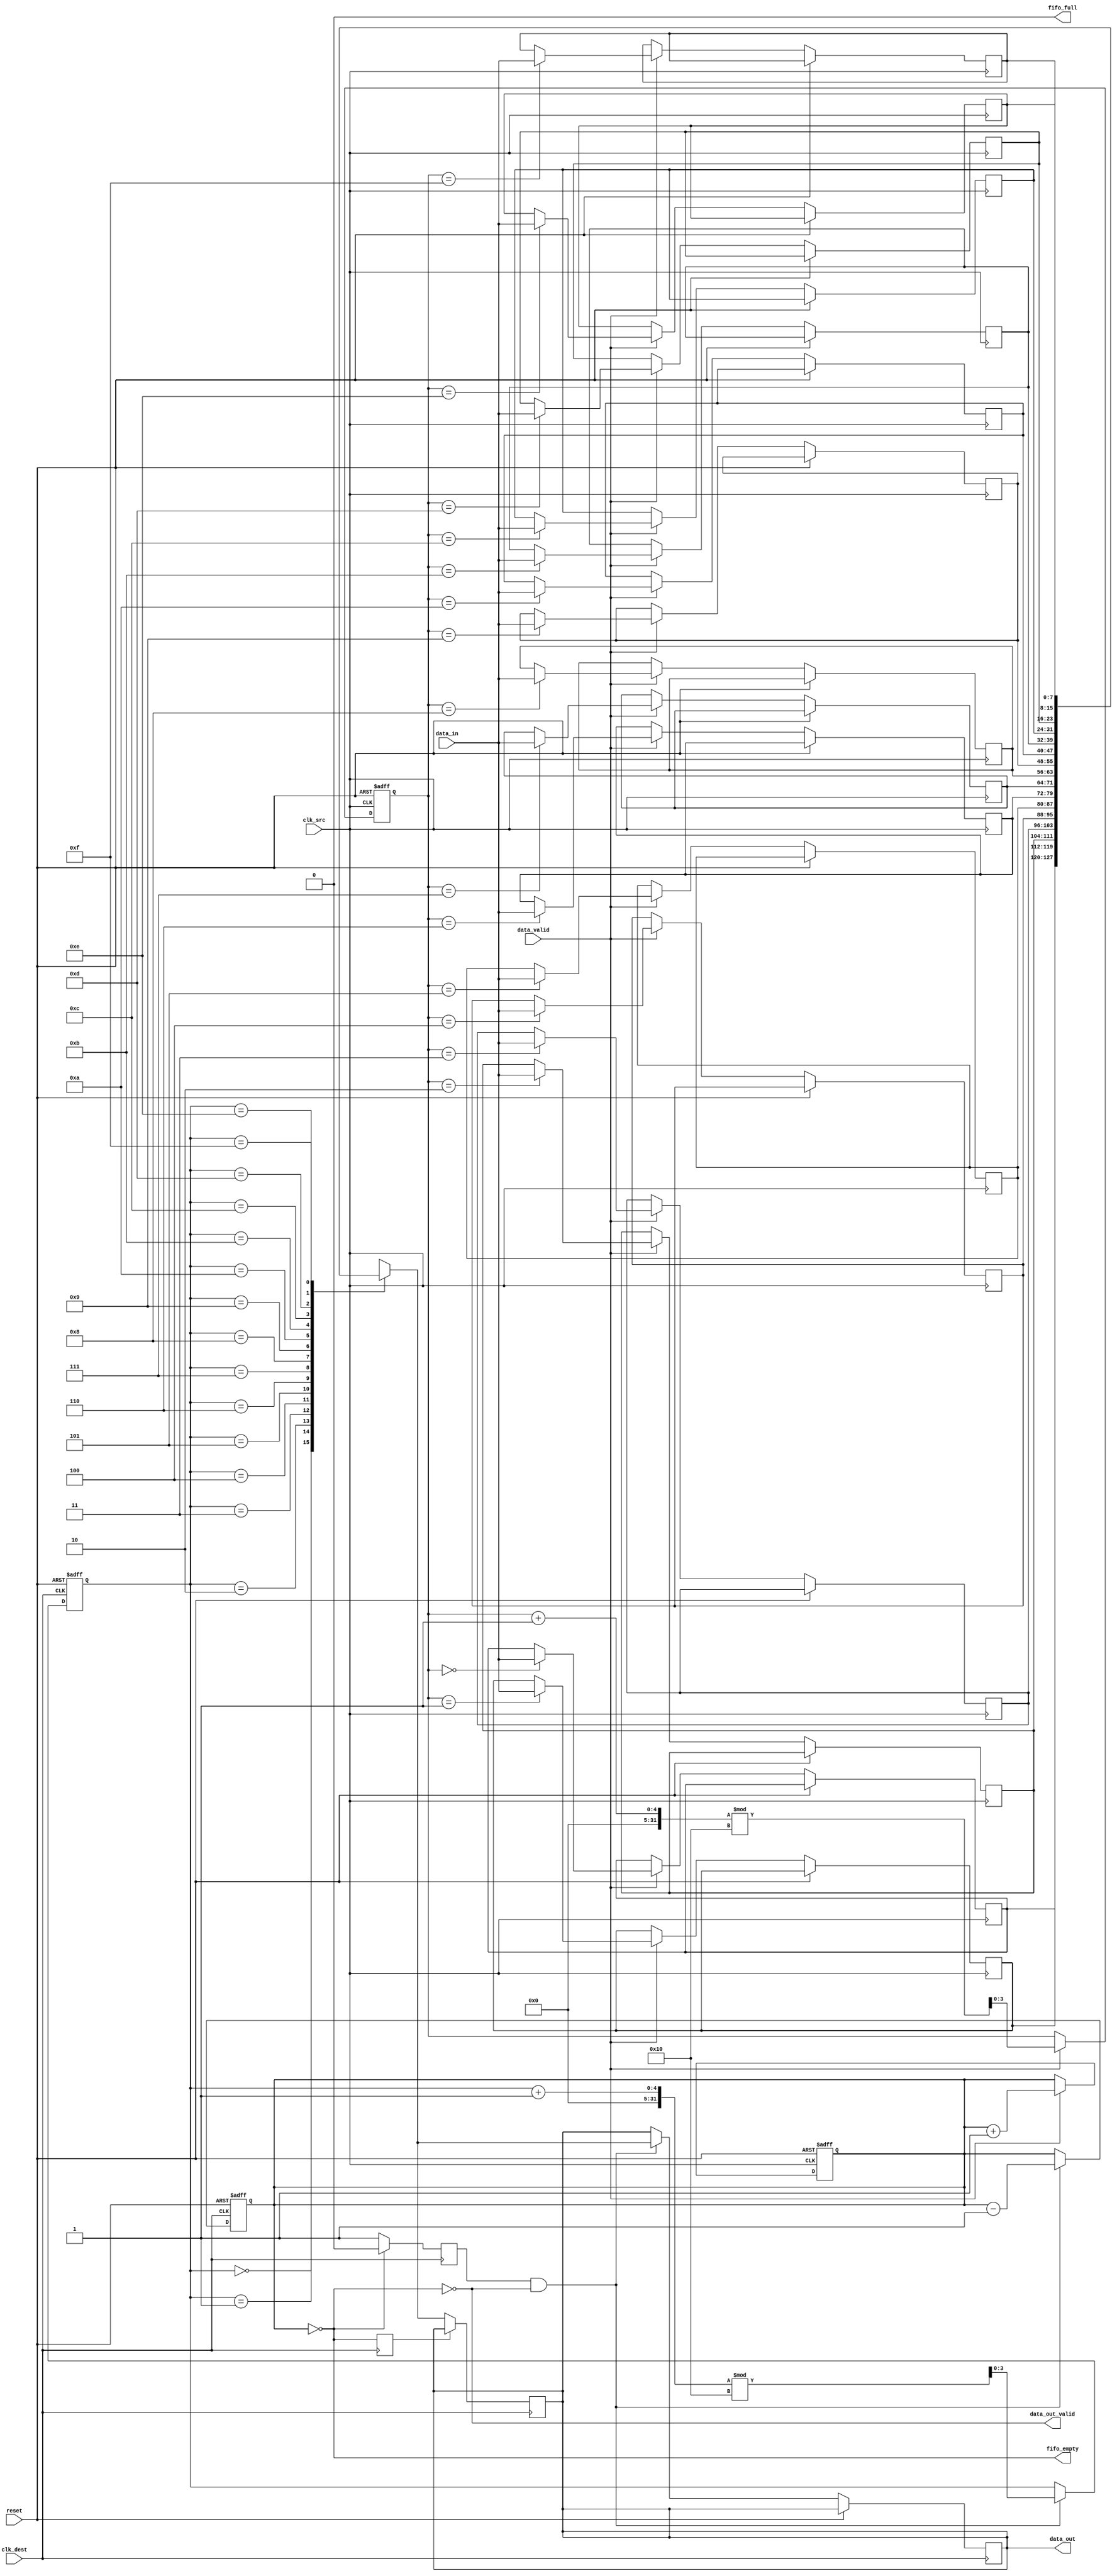
module burst_mode_synchronizer #(
    parameter DATA_WIDTH = 8,     // Width of the data bus
    parameter FIFO_DEPTH = 16      // Depth of the FIFO buffer
)(
    input wire clk_src,            // Source clock
    input wire clk_dest,           // Destination clock
    input wire reset,              // Asynchronous reset
    input wire [DATA_WIDTH-1:0] data_in,  // Data input from source domain
    input wire data_valid,         // Data valid signal from source domain
    output wire [DATA_WIDTH-1:0] data_out, // Data output to destination domain
    output wire data_out_valid,    // Data valid signal for destination domain
    output wire fifo_full,         // FIFO full indicator
    output wire fifo_empty         // FIFO empty indicator
);

    // FIFO Memory Declaration
    reg [DATA_WIDTH-1:0] fifo_mem [0:FIFO_DEPTH-1];
    reg [3:0] write_pointer;
    reg [3:0] read_pointer;
    reg [3:0] fifo_count;

    // Handshaking signals
    reg fifo_write_enable;
    reg fifo_read_enable;

    // Reset logic
    always @(posedge clk_src or posedge reset) begin
        if (reset) begin
            write_pointer <= 0;
            fifo_count <= 0;
        end else begin
            if (data_valid && !fifo_full) begin
                fifo_mem[write_pointer] <= data_in;
                write_pointer <= (write_pointer + 1) % FIFO_DEPTH;
                fifo_count <= fifo_count + 1;
            end
        end
    end

    always @(posedge clk_dest or posedge reset) begin
        if (reset) begin
            read_pointer <= 0;
            fifo_count <= 0;
        end else begin
            if (fifo_read_enable && !fifo_empty) begin
                data_out <= fifo_mem[read_pointer];
                read_pointer <= (read_pointer + 1) % FIFO_DEPTH;
                fifo_count <= fifo_count - 1;
            end
        end
    end

    // FIFO Full and Empty Logic
    assign fifo_full = (fifo_count == FIFO_DEPTH);
    assign fifo_empty = (fifo_count == 0);
    assign data_out_valid = !fifo_empty;

    // Generate FIFO Read/Write Enable based on Handshaking
    always @(posedge clk_dest) begin
        if (!fifo_empty && (data_out_valid)) begin
            fifo_read_enable <= 1;
        end else begin
            fifo_read_enable <= 0;
        end
    end

    always @(posedge clk_src) begin
        if (data_valid && !fifo_full) begin
            fifo_write_enable <= 1;
        end else begin
            fifo_write_enable <= 0;
        end
    end

    // Synchronization Logic for control signals
    reg sync_fifo_full;
    reg sync_fifo_empty;

    always @(posedge clk_dest) begin
        sync_fifo_full <= fifo_full;
        sync_fifo_empty <= fifo_empty;
    end

    // Synchronize the valid signal across clock domains
    reg valid_local;
    always @(posedge clk_src) begin
        valid_local <= data_valid;
    end

    // Data output synchronization
    always @(posedge clk_dest) begin
        if (!sync_fifo_empty) begin
            data_out <= fifo_mem[read_pointer];
        end
    end

endmodule